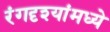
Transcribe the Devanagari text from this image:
रंगदृश्यांमध्ये